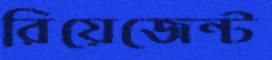
রিয়েজেন্ট